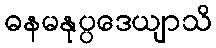
ဓနမနုပ္ပဒေယျာသိ